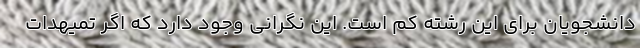
دانشجویان برای این رشته کم است. این نگرانی وجود دارد که اگر تمیهدات